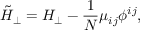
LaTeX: \tilde { H } _ { \perp } = H _ { \perp } - \frac { 1 } { N } \mu _ { i j } \phi ^ { i j } ,